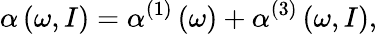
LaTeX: \alpha\left(\omega,I\right)=\alpha^{(1)}\left(\omega\right)+\alpha^{(3)}\left(\omega,I\right),